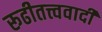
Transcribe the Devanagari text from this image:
रूढीतत्त्ववादी